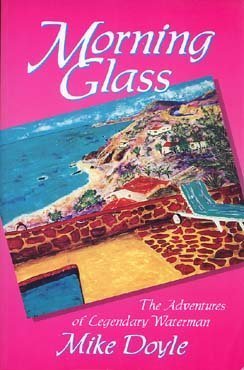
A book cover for Morning Glass: The Adventures of Legendary Waterman Mike Doyle; Steve Sorensen Mike Doyle; Sports & Outdoors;